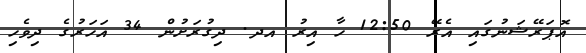
އޮޕަރޭޝަނުގައި އެރޭ 12:50 ހާ އިރު އދ. ދިގުރަށުން 34 އަހަރުގެ ދިވެހި